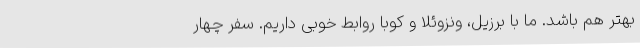
بهتر هم باشد. ما با برزیل، ونزوئلا و کوبا روابط خوبی داریم. سفر چهار